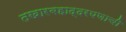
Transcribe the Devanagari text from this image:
तखारबहाद्दरपणाची